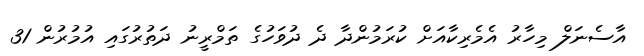
އާސެނަލް މިހާރު އެމެރިކާއަށް ކުރަމުންދާ ދެ ދުވަހުގެ ތަމްރީނު ދަތުރުގައި އުމުރުން 31